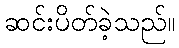
ဆင်းပိတ်ခဲ့သည်။